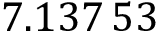
7 . 1 3 7 \, 5 3